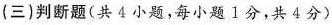
(三)判断题(共4小题，每小题1分，共4分)